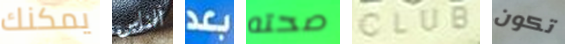
يمكنك الناس بعد صحته CLUB تكون